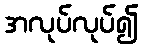
အလုပ်လုပ်၍